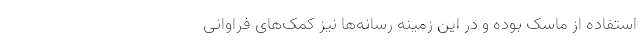
استفاده از ماسک بوده و در این زمینه رسانه‌ها نیز کمک‌های فراوانی